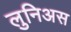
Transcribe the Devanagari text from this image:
लुनिअस